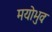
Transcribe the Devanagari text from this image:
मयोभुवः